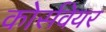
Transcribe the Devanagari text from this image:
कोर्सवेयर